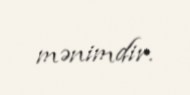
mənimdir.